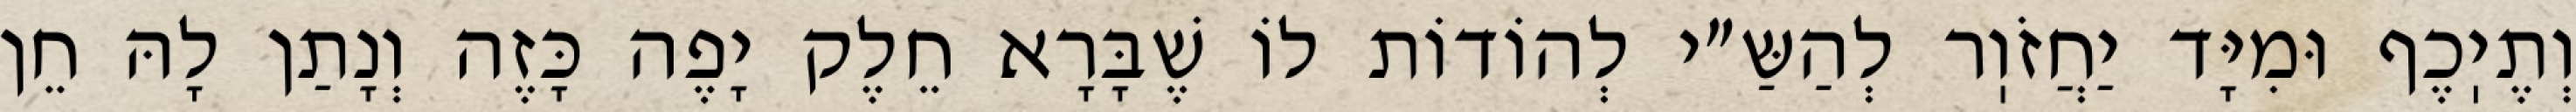
וְתֶיֽכֶף וּמִיָּד יַחֲזֹוֽר לְהַשַּ״י לְהוֹדוֹת לוֹ שֶׁבָּרָא חֵלֶק יָפֶה כָּזֶה וְנָתַן לָהּ חֵן